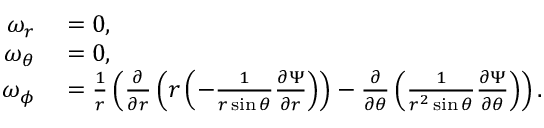
\begin{array} { r l } { \omega _ { r } } & { { } = 0 , } \\ { \omega _ { \theta } } & { { } = 0 , } \\ { \omega _ { \phi } } & { { } = { \frac { 1 } { r } } \left( { \frac { \partial } { \partial r } } \left( r \left( - { \frac { 1 } { r \sin \theta } } { \frac { \partial \Psi } { \partial r } } \right) \right) - { \frac { \partial } { \partial \theta } } \left( { \frac { 1 } { r ^ { 2 } \sin \theta } } { \frac { \partial \Psi } { \partial \theta } } \right) \right) . } \end{array}